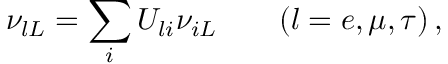
\nu _ { l L } = \sum _ { i } U _ { l i } \nu _ { i L } \qquad ( l = e , \mu , \tau ) \, ,